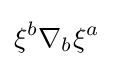
\xi ^{b}\nabla _{b}\xi ^{a}